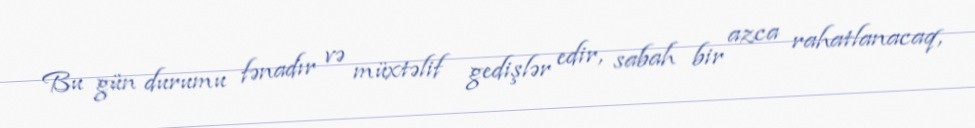
Bu gün durumu fənadır və müxtəlif gedişlər edir, sabah bir azca rahatlanacaq,